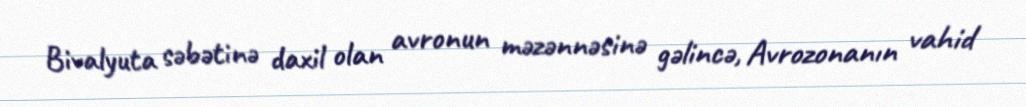
Bivalyuta səbətinə daxil olan avronun məzənnəsinə gəlincə, Avrozonanın vahid